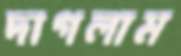
দাগলাম